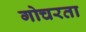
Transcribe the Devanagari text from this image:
गोचरता